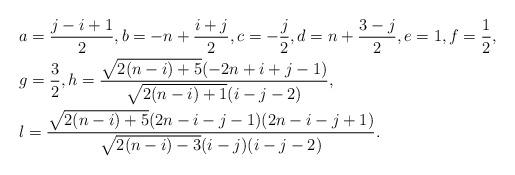
LaTeX: \begin{align*} &a=\frac{j-i+1}{2},b= -n+\frac{i+j}{2},c=-\frac{j}{2},d=n+\frac{3-j}{2}, e=1,f=\frac{1}{2},\\ &g=\frac{3}{2}, h=\frac{\sqrt{2(n-i)+5}(-2n+i+j-1)}{\sqrt{2(n-i)+1}(i-j-2)}, \\&l=\frac{\sqrt{2(n-i)+5}(2n-i-j-1)(2n-i-j+1)}{\sqrt{2(n-i)-3}(i-j)(i-j-2)}.\end{align*}